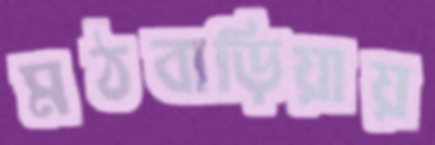
মঠবাড়িয়ায়